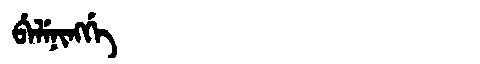
Manchu: ᠪᡝᠯᡝᠨᡳᠩᡤᡝ
Romanization: BELENINGGE